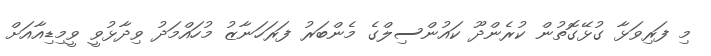
މި ފަރިވަޅާ ގުޅޭގޮތުން ކުރެންދޫ ކައުންސިލްގެ މެންބަރު ފަރަހަނާޒު މުހައްމަދު ވިދާޅުވީ ވީމިޑިއާއަށް